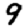
Digit: 9